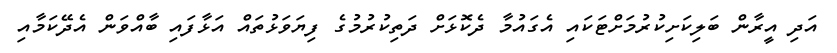
އަދި އީރާން ބަލިކަށިކުރުމަށްޓަކައި އެގައުމާ ދެކޮޅަށް ދަތިކުރުމުގެ ފިޔަވަޅުތައް އަޅާފައި ބާއްވަން އެދޭކަމާއި